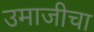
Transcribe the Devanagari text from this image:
उमाजीचा